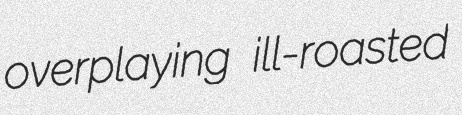
overplaying ill-roasted